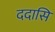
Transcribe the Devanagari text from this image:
ददासि